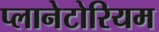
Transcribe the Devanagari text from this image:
प्लानेटोरियम